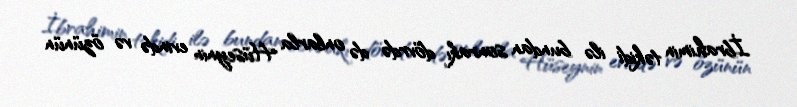
İbrahimin təkidi ilə bundan sonrakı dövrdə də onlarla Hüseynin evində və özünün